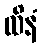
ထိနံ